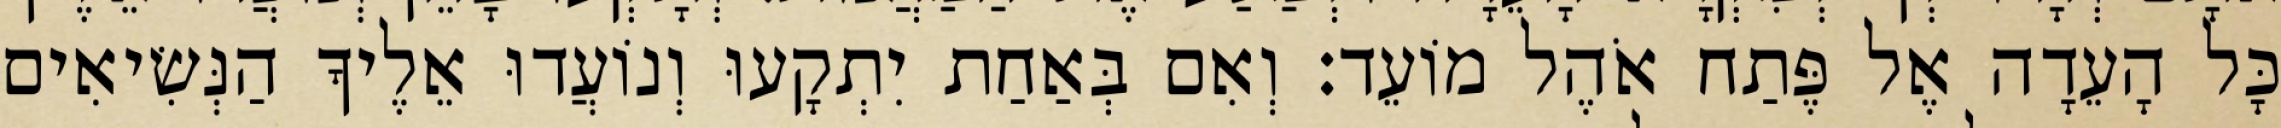
כָּל הָעֵדָה אֶל פֶּתַח אֹהֶל מוֹעֵד׃ וְאִם בְּאַחַת יִתְקָעוּ וְנוֹעֲדוּ אֵלֶיךָ הַנְּשִׂיאִים